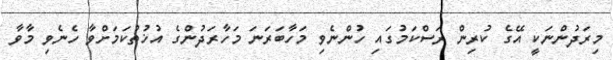
މިރަދުންނަކީ އޭގެ ކުރިން ރަސްކަމުގައި ހުންނެވި މަހާބަރަނަ މަހާރަދުންގެ އުޚުތުކަމަށްވާ ހެނެވި މާވާ